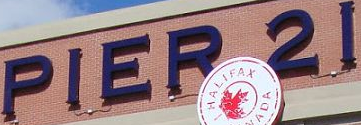
PIER 21